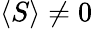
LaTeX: \langle S\rangle\neq 0